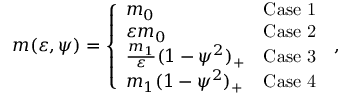
\begin{array} { r } { m ( { \varepsilon } , \psi ) = \left\{ \begin{array} { l l } { m _ { 0 } } & { \mathrm { C a s e ~ 1 } } \\ { \varepsilon m _ { 0 } } & { \mathrm { C a s e ~ 2 } } \\ { \frac { m _ { 1 } } { \varepsilon } ( 1 - \psi ^ { 2 } ) _ { + } } & { \mathrm { C a s e ~ 3 } } \\ { m _ { 1 } ( 1 - \psi ^ { 2 } ) _ { + } } & { \mathrm { C a s e ~ 4 } } \end{array} \right. \, , } \end{array}